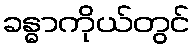
ခန္ဓာကိုယ်တွင်